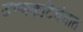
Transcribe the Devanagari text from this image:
उष्णकटिबंधात